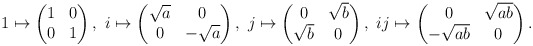
\begin{align*} 1\mapsto\begin{pmatrix} 1&0\\ 0&1 \end{pmatrix},\ i\mapsto\begin{pmatrix} \sqrt{a}&0\\ 0&-\sqrt{a} \end{pmatrix},\ j\mapsto\begin{pmatrix} 0&\sqrt{b}\\ \sqrt{b}&0 \end{pmatrix},\ ij\mapsto\begin{pmatrix} 0&\sqrt{ab}\\ -\sqrt{ab}&0 \end{pmatrix}.\end{align*}